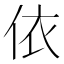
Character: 依